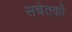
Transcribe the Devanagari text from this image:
सचेतकों